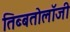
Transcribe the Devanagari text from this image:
तिब्‍बतोलॉजी